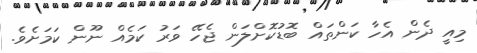
މިއީ ދެން އެހާ ކަންތައް ބޮޑުކޮށްލަން ޖެހޭ ވަރު ކަމެއް ނޫން ކަމަށެވެ.